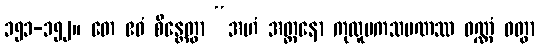
၁၅၁-၁၅၂။ တေ ဧဝံ စိန္တေတွာ “အဟံ အတ္တနော ကုလူပကသမဏဿ ဝဏ္ဏံ ဝတွာ